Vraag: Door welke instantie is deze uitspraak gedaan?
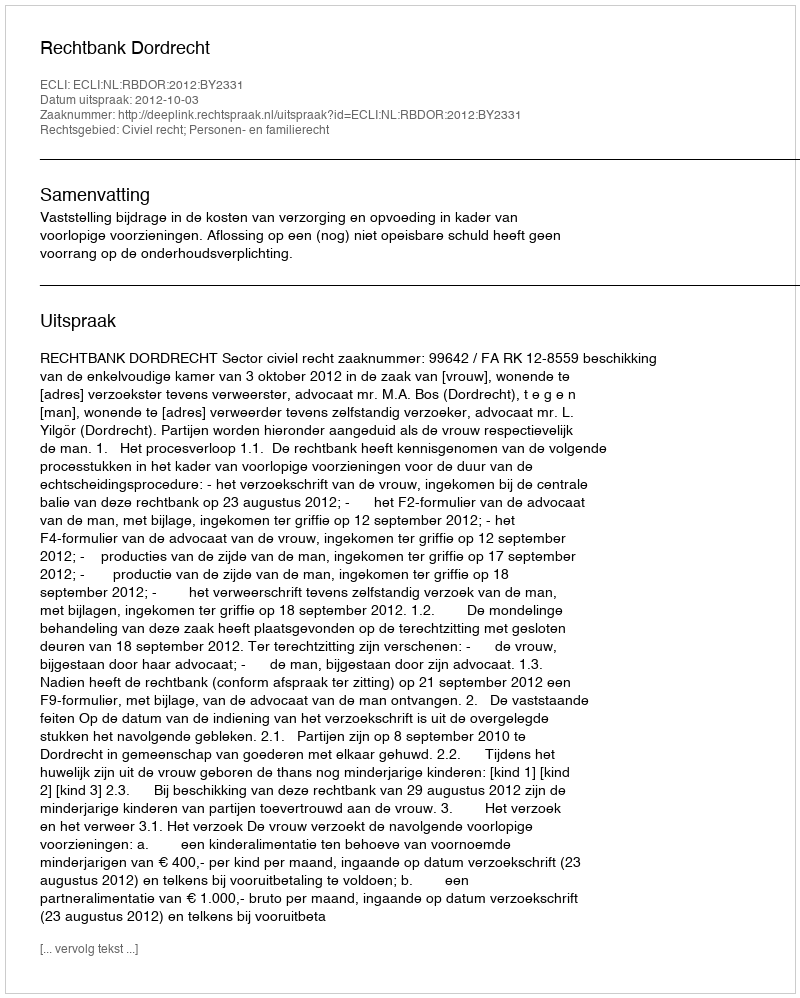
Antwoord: Rechtbank Dordrecht